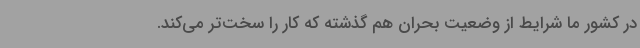
در کشور ما شرایط از وضعیت بحران هم گذشته که کار را سخت‌تر می‌کند.